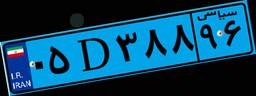
۰۵D۳۸۸۹۶